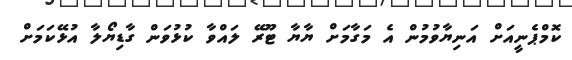
ކޮމްޕެނީއަށް އަނިޔާވުމުން އެ މަގާމަށް ޔާޔާ ޓޫރޭ ލައްވާ ކުޅުވަން ގާޑިޔޯލާ އުޅޭކަމަށް